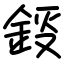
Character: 鋄